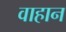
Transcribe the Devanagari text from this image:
वाहान